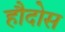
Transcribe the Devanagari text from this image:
हौदोस